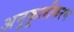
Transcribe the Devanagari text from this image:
अनुकूलीकरण